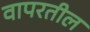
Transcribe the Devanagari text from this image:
वापरतील